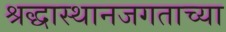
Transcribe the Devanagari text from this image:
श्रद्धास्थानजगताच्या